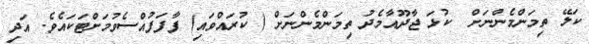
ކަލޭ ތިމަންމެންނަށް  ކުޅަ ޖާދޫއާމެދު ތިމަންމެންނަށް ( ކުރައްވައި) ފާފަފުއްސެވުމަށްޓަކައެވެ. އަދި